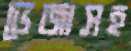
ভেজাসহ